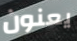
يعنون